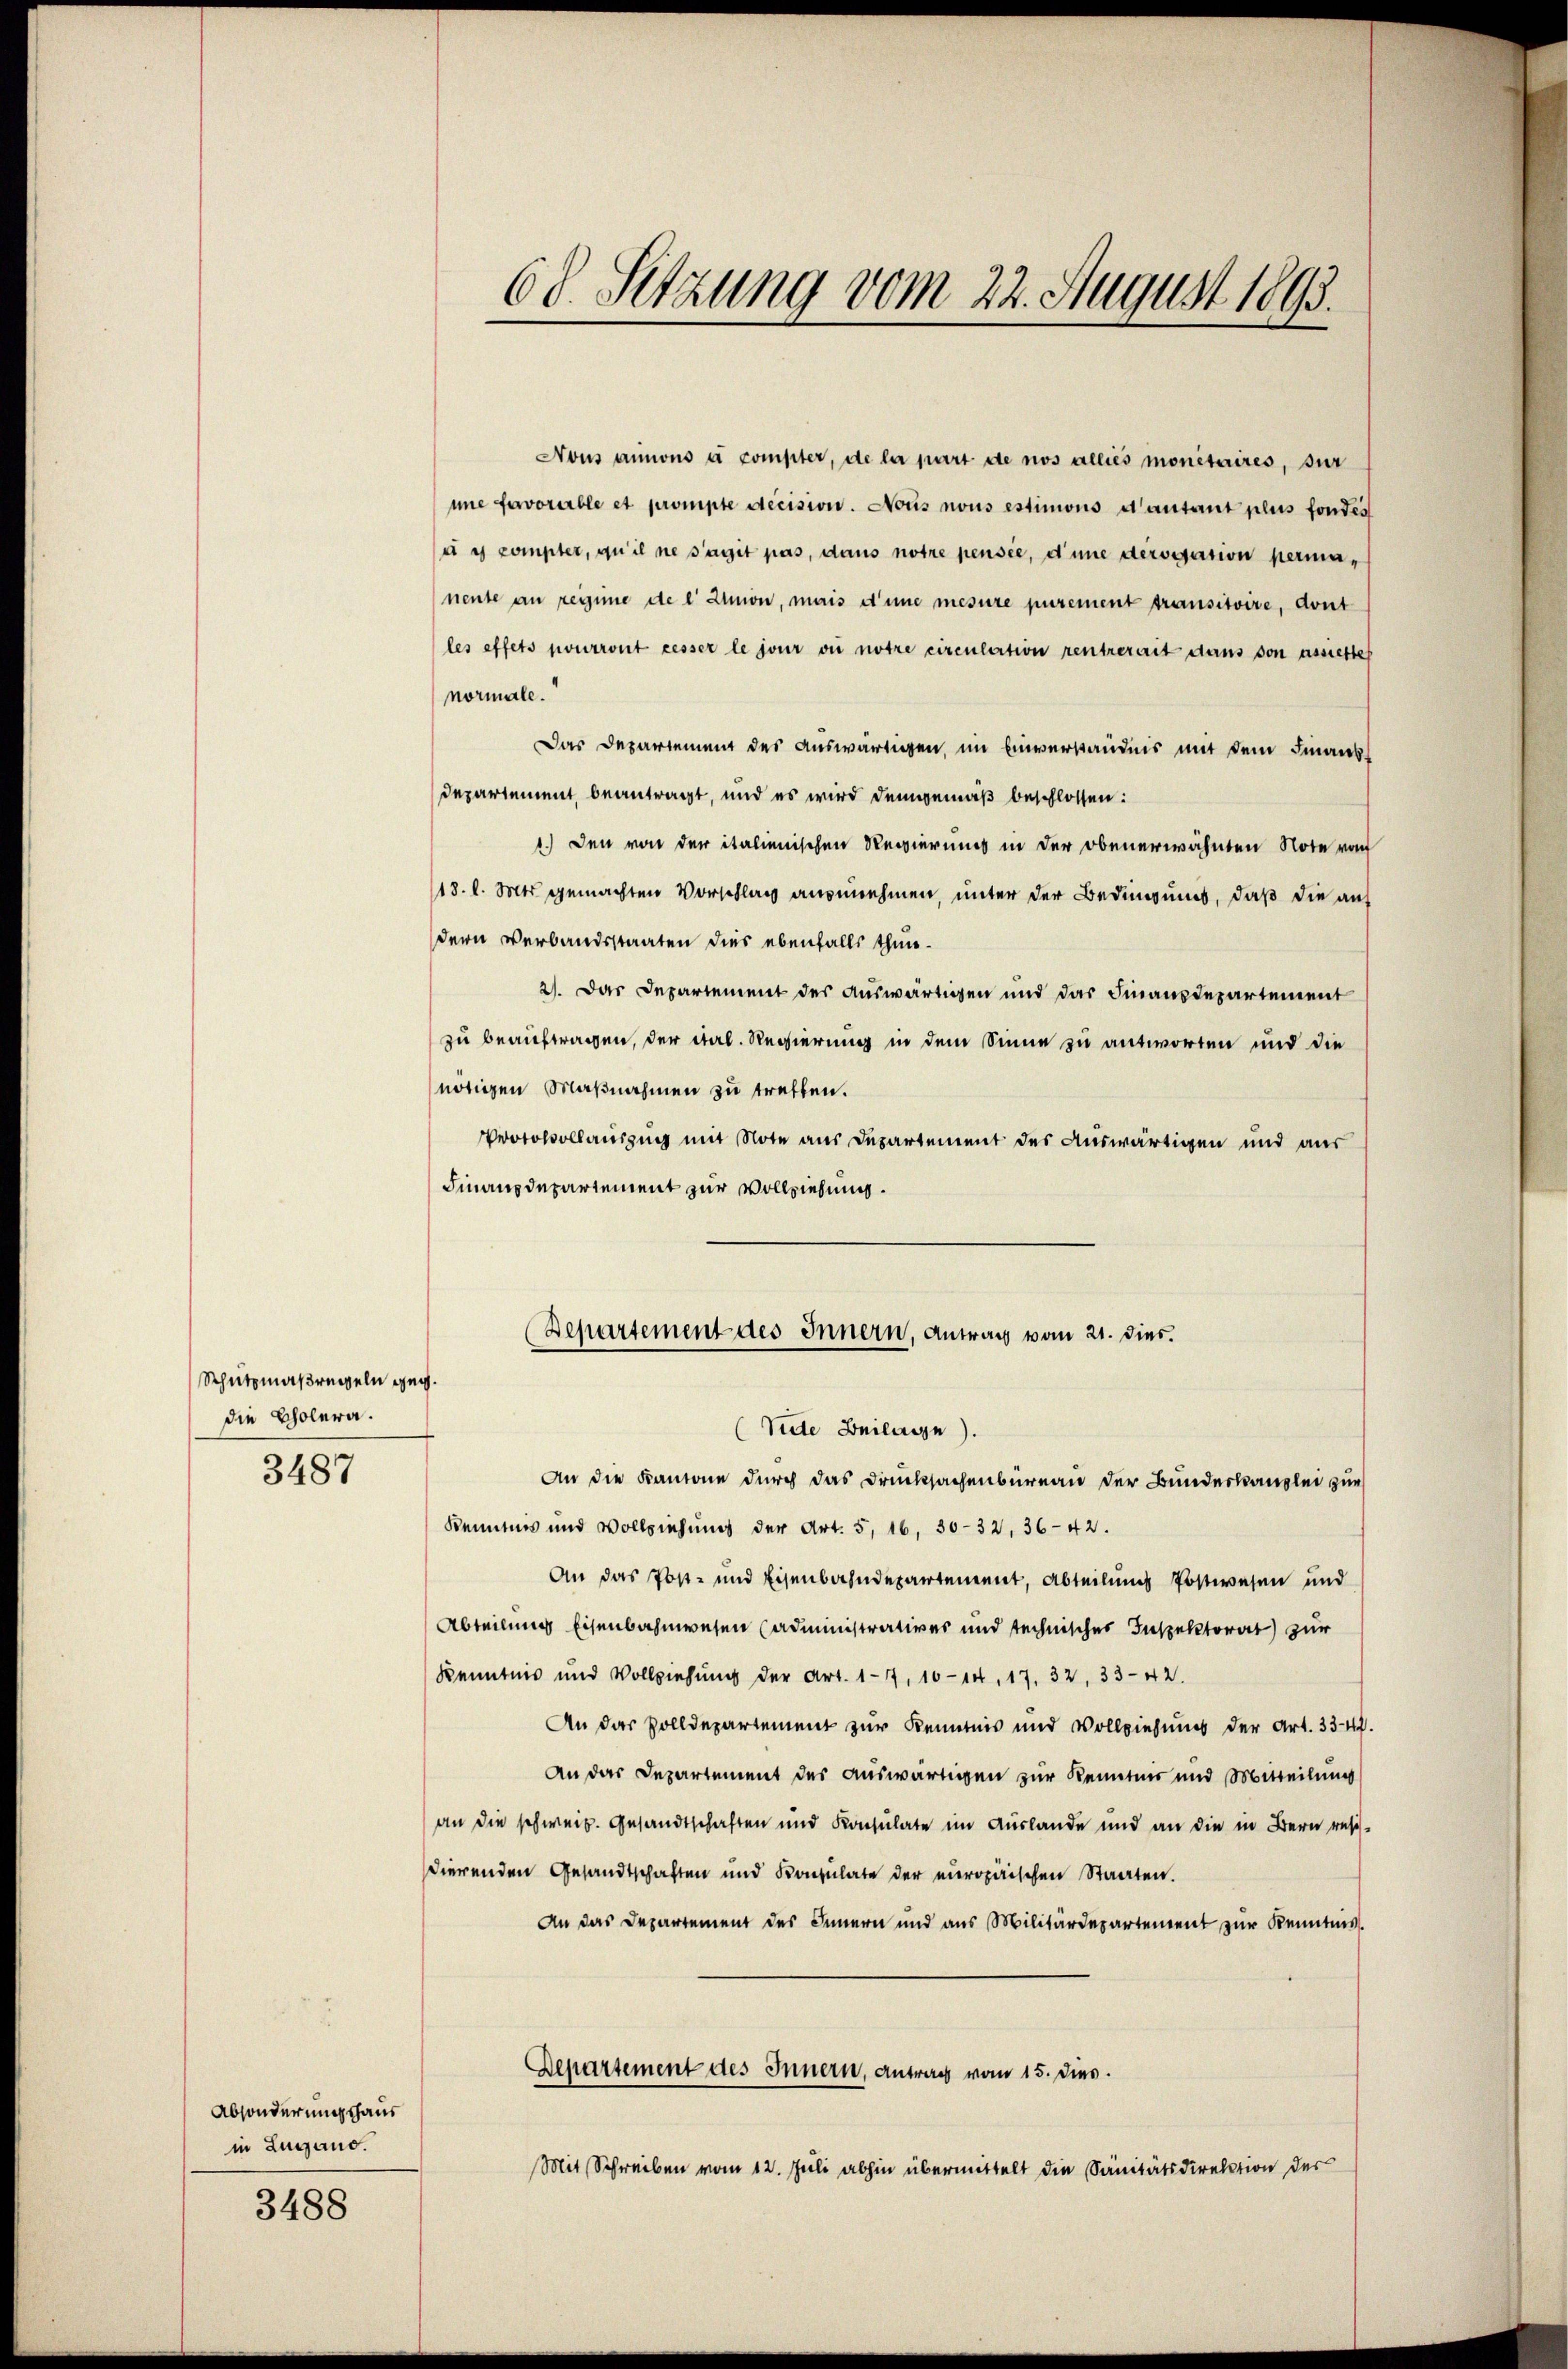
Schutzmaßregeln geg.
die Cholera.
3487

Absonderungshaus
in Lugano.

3488

Nous annons à compter, de la part de nos alliés monetaires, sur
ine favorerble et prompte decision. Nous nous estimons d’autant plus fondés
u e compter, qu’il ne s’agit pas, dans notre pensee, d’une derogation permanente an reisime de l' Union, mais d’une mesure purement transitoire, dont
les effets pourront cesser le jour die notre circulation rentrerait dans von assierte
normale.
Das Departeme des auswärtigen im Einverständnis mit dein Finanz¬
Departement beantragt, und es wird demgemäß beschlossen:
1.) Den von der italienischen Regierung in der obenerwähnten Note von
18. l. Mts. gemachten Vorschlag anzunehmen, unter der Bedingung, daß die auf
dern Verbandsstaaten dies ebenfalls thun¬
2). Das Departement des auswärtigen und das Finanzdepartement
zu beauftragen, der ital. Regierung in dem Sinne zu antworten und die
nötigen Maßnahmen zu treffen.
Protokollauszug mit Note aus Departement des Auswärtigen und aus
Finanzdepartement zur Vollziehung.
Departement des Innern, Antrag vom 21. dies
(Sidte Beilage).
An die Kantone durch das Drucksachenbüreau der Bundeskanzlei zur
Kenntnis und Vollziehung der Art. 5, 16. 30-32, 36-42.
An das Post- und Eisenbahndepartement, Abteilung Postwesen und
Abteilung Eisenbahnwesen (administratives und technisches Inspektorat zur
Kenntnis und Vollziehung der Art. 177, 10-14, 17. 32, 33-42.
An das Zolldepartement zur Kenntnis und Vollziehung der Art. 334.
An das Departement des auswärtigen zur Kenntnis und Mitteilung
an die schweiz. Gesandtschaften und Konsulate im Auslande und an die in Bern resi-
dierenden Gesandtschaften und Konsulate der europäischen Staaten.
An das Departement des Innern und aus Militärdepartement zur Kenntnis.
Departement des Innern, Antrag vom 15. Dies
Mit Schreiben vom 12. Juli abhin übermittelt die Sanitätsdirektion der

68. Setzung vom 22. August 1893.